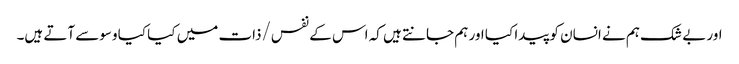
اور بے شک ہم نے انسان کو پیدا کیا اور ہم جانتے ہیں کہ اس کے نفس/ذات میں کیا کیا وسوسے آتے ہیں۔